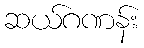
ဆယ်ဂဏန်း